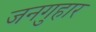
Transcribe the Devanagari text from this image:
जनगुहार